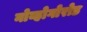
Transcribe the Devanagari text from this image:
नोव्होगोरोड